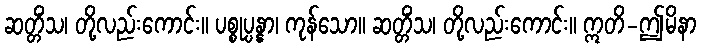
ဆတ္တိံသ၊ တို့လည်းကောင်း။ ပစ္စုပ္ပန္နာ၊ ကုန်သော။ ဆတ္တိံသ၊ တို့လည်းကောင်း။ ဣတိ-ဤမိနာ